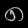
Digit: ၈